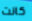
كانت